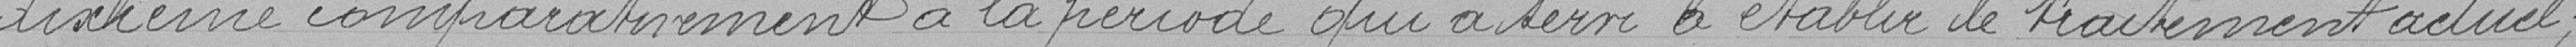
dixième comparativement à la période qui a servi à établir le traitement actuel